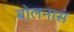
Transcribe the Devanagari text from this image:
बोलनास